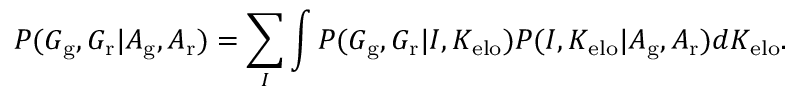
P ( G _ { \mathrm { g } } , G _ { \mathrm { r } } | A _ { \mathrm { g } } , A _ { \mathrm { r } } ) = \sum _ { I } \int P ( G _ { \mathrm { g } } , G _ { \mathrm { r } } | I , K _ { \mathrm { e l o } } ) P ( I , K _ { \mathrm { e l o } } | A _ { \mathrm { g } } , A _ { \mathrm { r } } ) d K _ { \mathrm { e l o } } .